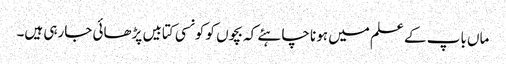
ماں باپ کے علم میں ہونا چاہئے کہ بچوں کو کونسی کتابیں پڑھائی جارہی ہیں۔